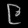
Digit: ၉